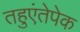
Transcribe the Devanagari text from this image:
तहुएंतेपेक